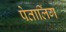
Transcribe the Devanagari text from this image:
पेतालिंग